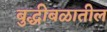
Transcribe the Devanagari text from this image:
बुद्धीबळातील